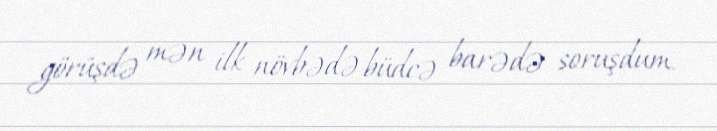
görüşdə mən ilk növbədə büdcə barədə soruşdum.